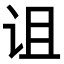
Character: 诅